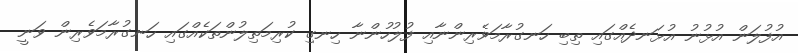
އުފުލަން އުޅުނު އުޅަނދެއްގައި ތިބި ހަނގުރާމަވެރިންނާއި ފުލުހުންނާ ހިނގި ކުރިމަތިލުންތަކެއްގައި ހަނގުރާމަވެރިން ވަނީ